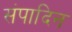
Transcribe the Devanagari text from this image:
संपादिन